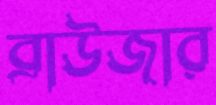
ব্রাউজার